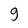
Character: g